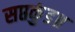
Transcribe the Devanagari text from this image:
सप्तकुंड॥